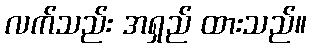
လက်သည်း အရှည် ထားသည်။